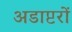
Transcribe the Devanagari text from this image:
अडाप्टरों